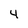
Character: 4